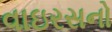
વાઇરસનો